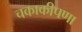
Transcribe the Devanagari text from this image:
चकाकीपणा